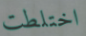
اختلطت